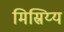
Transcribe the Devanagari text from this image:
मिस्रिय्य